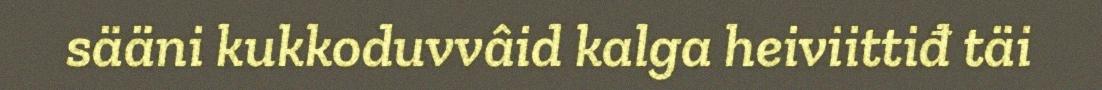
sääni kukkoduvvâid kalga heiviittiđ täi